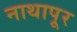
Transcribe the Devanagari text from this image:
नाथापूर